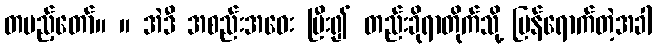
တပည့်တော်။ ။ အဲဒီ အစည်းအဝေး ပြီး၍ တည်းခိုရာတိုက်သို့ ပြန်ရောက်တဲ့အခါ